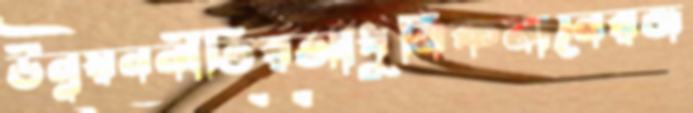
উন্নয়ননীতিরআধুনিকমানেরজ